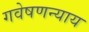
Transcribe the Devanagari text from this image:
गवेषणन्याय